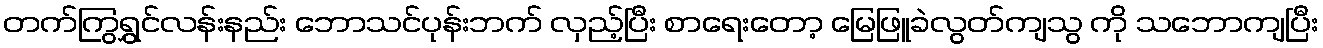
တက်ကြွရွှင်လန်းနည်း ဘောသင်ပုန်းဘက် လှည့်ပြီး စာရေးတော့ မြေဖြူခဲလွတ်ကျသွ ကို သဘောကျပြီး